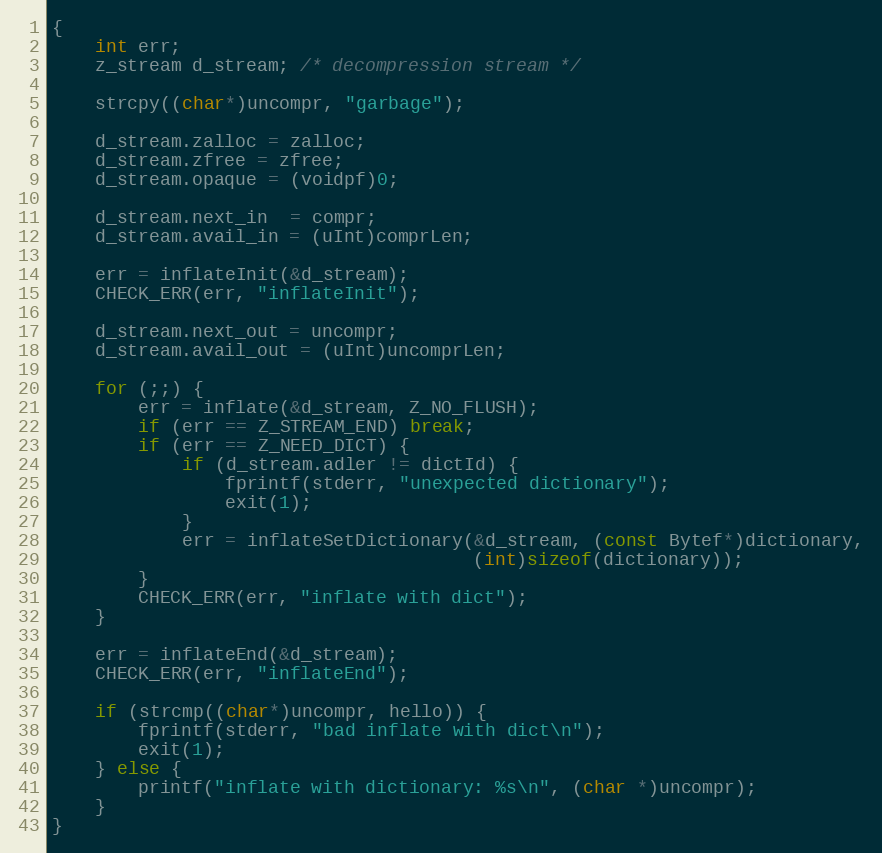
Language: C
{
    int err;
    z_stream d_stream; /* decompression stream */

    strcpy((char*)uncompr, "garbage");

    d_stream.zalloc = zalloc;
    d_stream.zfree = zfree;
    d_stream.opaque = (voidpf)0;

    d_stream.next_in  = compr;
    d_stream.avail_in = (uInt)comprLen;

    err = inflateInit(&d_stream);
    CHECK_ERR(err, "inflateInit");

    d_stream.next_out = uncompr;
    d_stream.avail_out = (uInt)uncomprLen;

    for (;;) {
        err = inflate(&d_stream, Z_NO_FLUSH);
        if (err == Z_STREAM_END) break;
        if (err == Z_NEED_DICT) {
            if (d_stream.adler != dictId) {
                fprintf(stderr, "unexpected dictionary");
                exit(1);
            }
            err = inflateSetDictionary(&d_stream, (const Bytef*)dictionary,
                                       (int)sizeof(dictionary));
        }
        CHECK_ERR(err, "inflate with dict");
    }

    err = inflateEnd(&d_stream);
    CHECK_ERR(err, "inflateEnd");

    if (strcmp((char*)uncompr, hello)) {
        fprintf(stderr, "bad inflate with dict\n");
        exit(1);
    } else {
        printf("inflate with dictionary: %s\n", (char *)uncompr);
    }
}